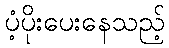
ပံ့ပိုးပေးနေသည့်